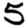
Digit: 5